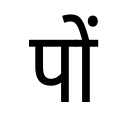
OCR:
पों